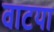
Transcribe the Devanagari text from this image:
वाटया